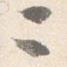
ニ